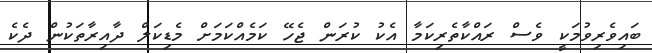
ބައިވެރިވުމަކީ ވެސް ރައްކާތެރިކަމާ އެކު ކުރަން ޖެހޭ ކަމެއްކަމަށް މެޑިކަލް ދާއިރާތަކުން ދެކެ